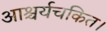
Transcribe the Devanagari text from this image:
आश्चर्यचकित।